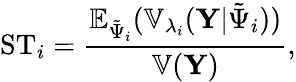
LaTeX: \mathrm{ST}_{i}=\frac{\mathbb{E}_{\tilde{\Psi}_{i}}(\mathbb{V}_{\lambda_{i}}({\mathbf Y}|\tilde{\Psi}_{i}))}{\mathbb{V}({\mathbf Y})},